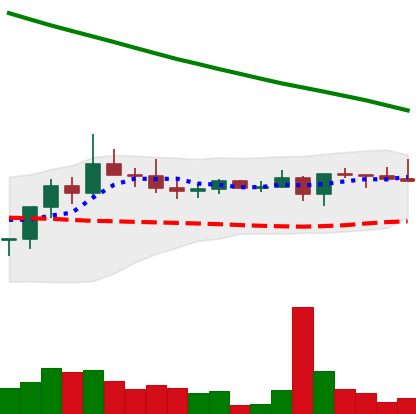
Ticker: XRP-USD
Chart end date: 2022-08-14
Forward return: -10.998%
Label: down_7plus